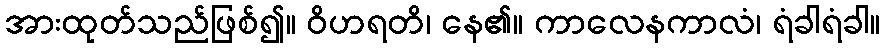
အားထုတ်သည်ဖြစ်၍။ ဝိဟရတိ၊ နေ၏။ ကာလေနကာလံ၊ ရံခါရံခါ။